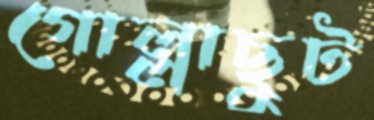
গোল্লাছুট